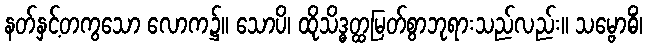
နတ်နှင့်တကွသော လောက၌။ သောပိ၊ ထိုသိဒ္ဓတ္ထမြတ်စွာဘုရားသည်လည်း။ သမ္ဗောဓိံ၊